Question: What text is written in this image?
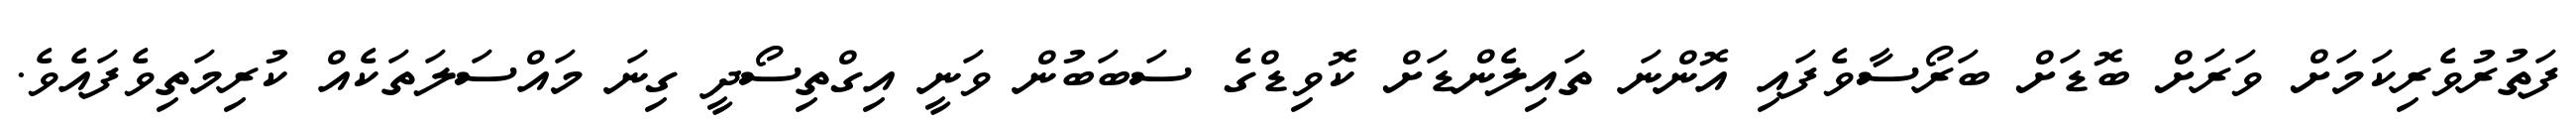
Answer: ފަތުރުވެރިކަމަށް ވަރަށް ބޮޑަށް ބަރޯސާވެފައި އޮންނަ ތައިލެންޑަށް ކޮވިޑްގެ ސަބަބުން ވަނީ އިގްތިސޯދީ ގިނަ މައްސަލަތަކެއް ކުރިމަތިވެފައެވެ.